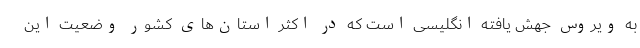
به ویروس جهش یافته انگلیسی است که در اکثر استان‌های کشور وضعیت این